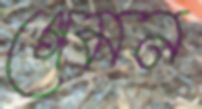
গেমন